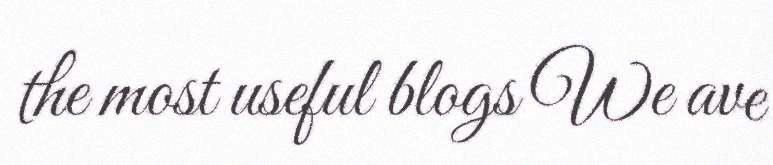
the most useful blogs We ave